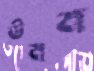
উমম